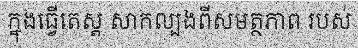
ក្នុងធ្វើតេស្ត សាកល្បងពីសមត្ថភាព របស់